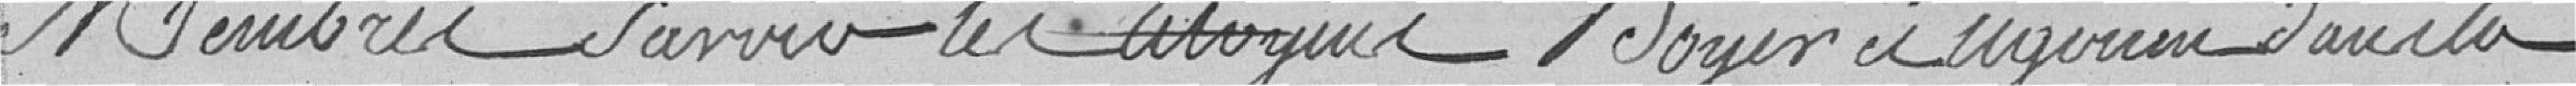
membres, savoir les citoyens Royer et Legoin, dans la